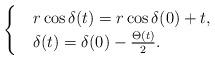
LaTeX: \begin{align*}\renewcommand{\arraystretch}{1.2}\left\{\begin{array}{@{}l@{\quad}l@{}}& r\cos\delta(t)=r\cos\delta(0)+t, \\& \delta(t)=\delta(0)-\frac{\Theta(t)}{2}.\end{array}\right.\end{align*}